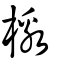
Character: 檄